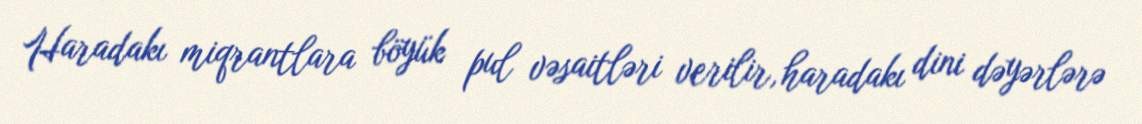
Haradakı miqrantlara böyük pul vəsaitləri verilir, haradakı dini dəyərlərə